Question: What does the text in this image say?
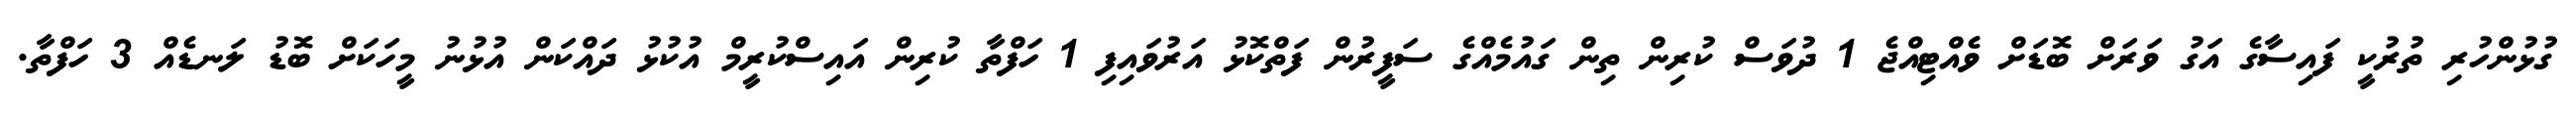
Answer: ގުޅުންހުރި ތުރުކީ ފައިސާގެ އަގު ވަރަށް ބޮޑަށް ވެއްޓިއްޖެ 1 ދުވަސް ކުރިން ތިން ގައުމެއްގެ ސަފީރުން ފަތްކޮޅު އަރުވައިފި 1 ހަފްތާ ކުރިން އައިސްކުރީމް އުކުޅު ދައްކަން އުޅުނު މީހަކަށް ބޮޑު ލަނޑެއް 3 ހަފްތާ.